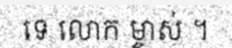
ទេ លោក ម្ចាស់ ។